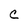
Character: c